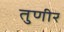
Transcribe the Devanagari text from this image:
तुणीर